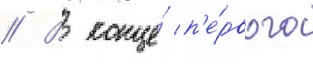
// В конце́ п'е́рвого